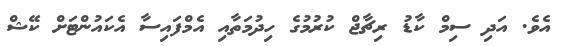
އެވެ. އަދި ސިމް ކާޑު ރިޗާޖް ކުރުމުގެ ހިދުމަތާއި އެމްފައިސާ އެކައުންޓަށް ކޭޝް